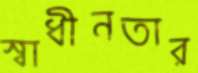
স্বাধীনতার